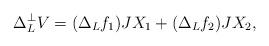
LaTeX: \begin{align*}\Delta_L^{\perp}V=(\Delta_Lf_1)JX_1+(\Delta_Lf_2)JX_2,\end{align*}